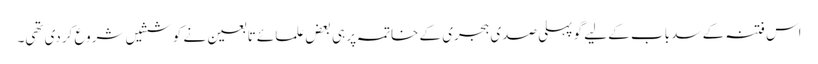
اس فتنہ کے سد باب کے لیے گو پہلی صدی ہجری کے خاتمہ پر ہی بعض علمائے تابعین نے کوششیں شروع کردی تھی۔